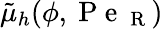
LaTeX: \tilde{\mu}_{h}(\phi,\mathrm{~P~e~}_{\mathrm{~R~}})